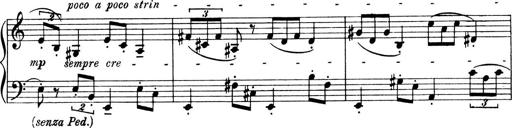
Title: 4 Sonatines
Composer: Max Reger